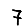
Digit: 7